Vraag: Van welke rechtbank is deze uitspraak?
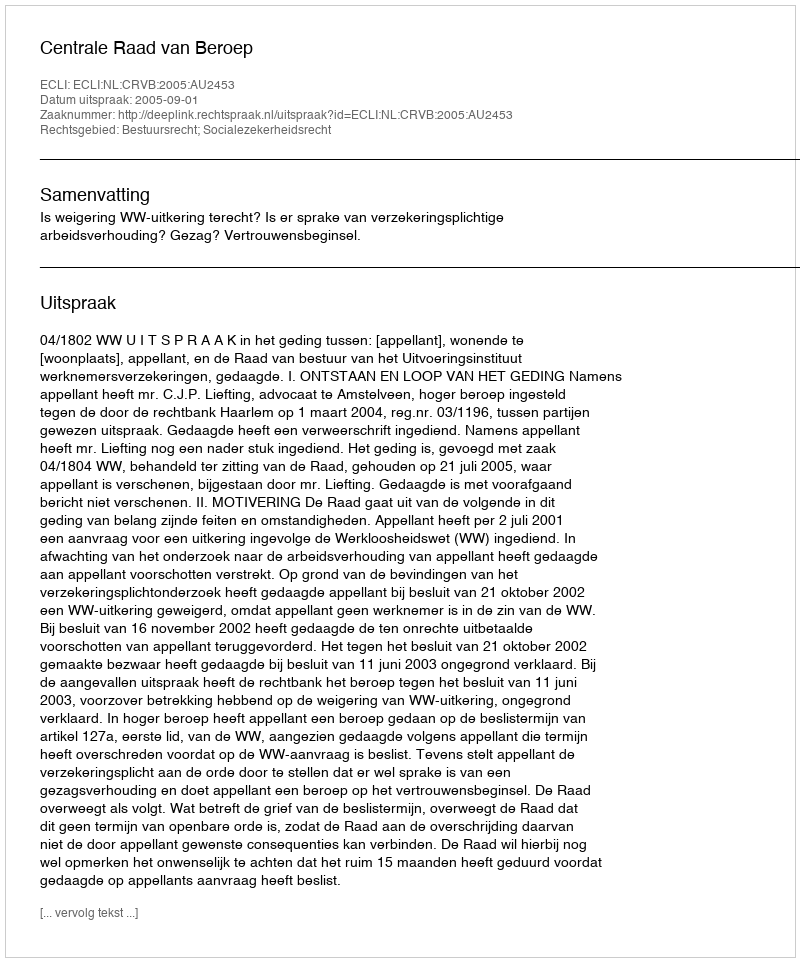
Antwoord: Centrale Raad van Beroep